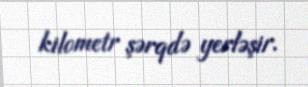
kilometr şərqdə yerləşir.